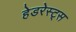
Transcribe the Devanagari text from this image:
हेडरेस्ट्स